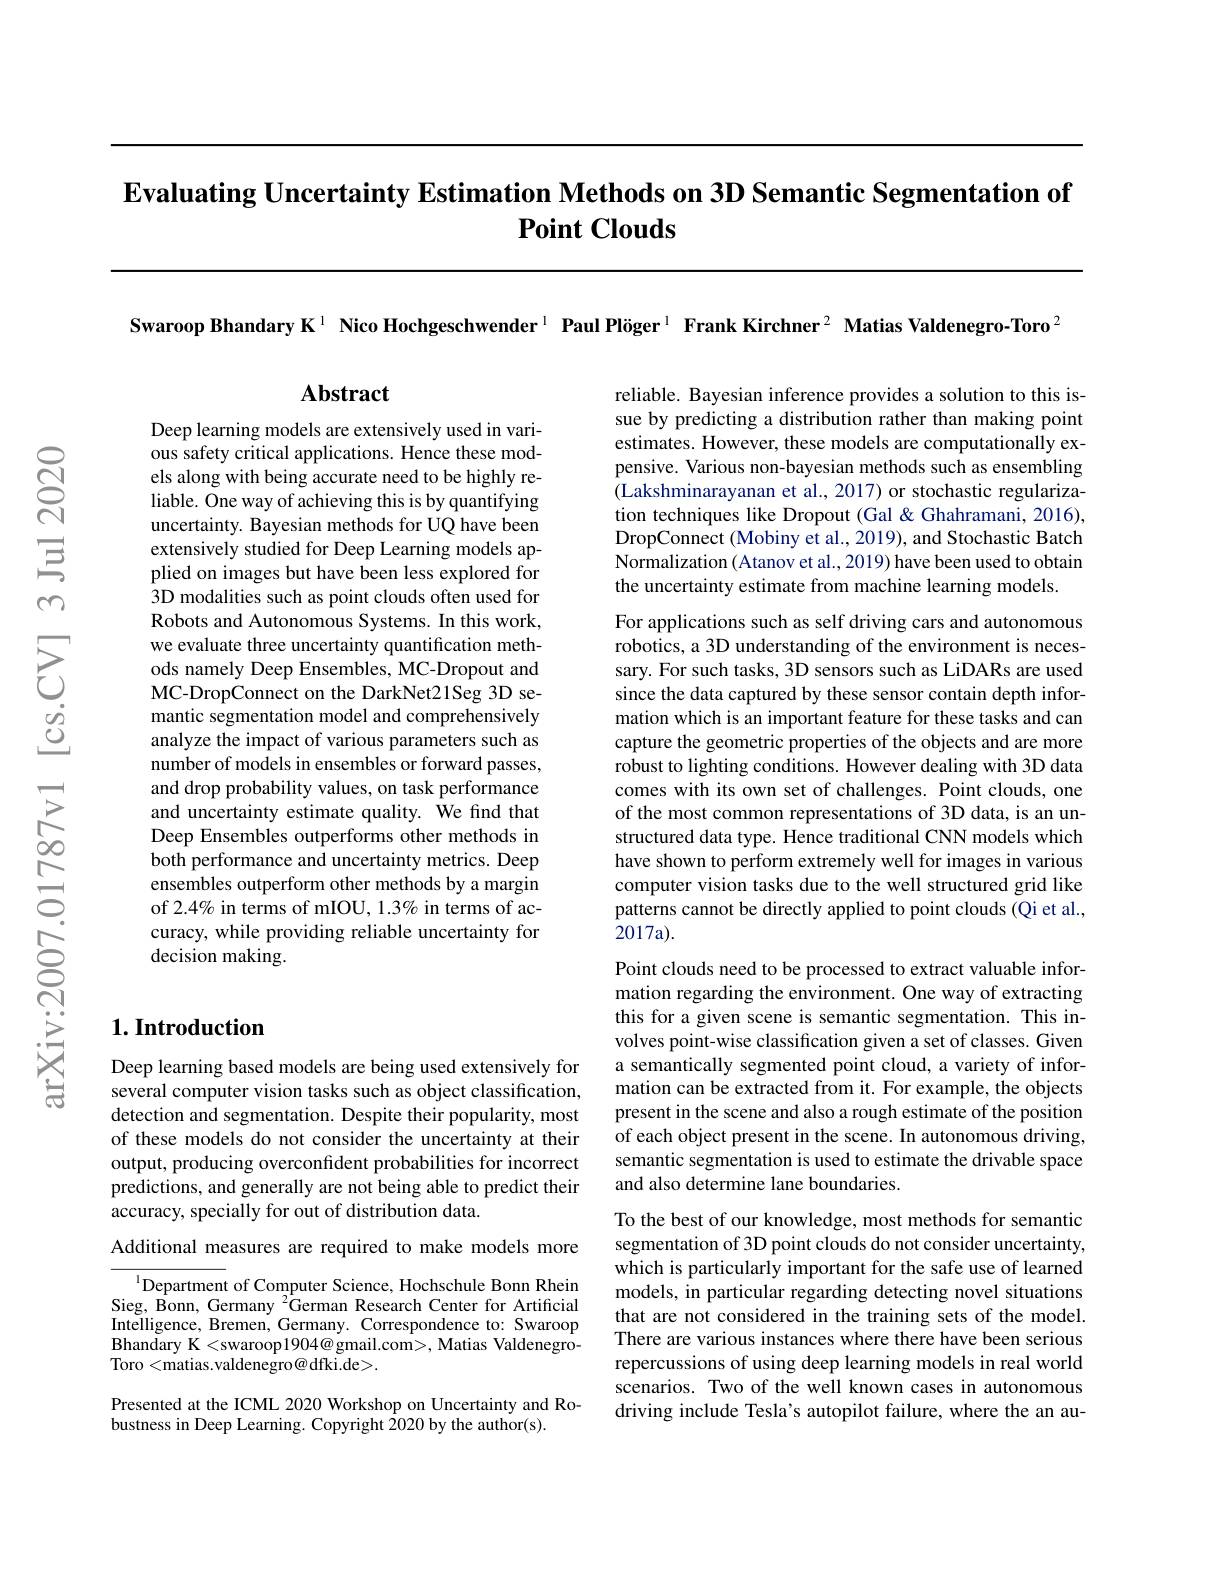
$\textbf{Evaluating Uncertainty Estimation Methods on 3D Semantic Segmentation of}$
# $\textbf{Point Clouds}$

Swaroop Bhandary K$^{1}$ Nico Hochgeschwender$^{1}$ Paul Plöger$^{1}$ Frank Kirchner$^{2}$ Matias Valdenegro-Toro$^{2}$

$\mathbf{Abstract}$

reliable. Bayesian inference provides a solution to this issue by predicting a distribution rather than making point estimates. However, these models are computationally expensive. Various non-bayesian methods such as ensembling $\dot{(}$Lakshminarayanan et al., 2017) or stochastic regularization techniques like Dropout (Gal & Ghahramani, 2016), DropConnect (Mobiny et al., 2019), and Stochastic Batch Normalization (Atanov et al., 2019) have been used to obtain the uncertainty estimate from machine learning models.

Deep learning models are extensively used in various safety critical applications. Hence these models along with being accurate need to be highly reliable. One way of achieving this is by quantifying uncertainty. Bayesian methods for UQ have been extensively studied for Deep Learning models applied on images but have been less explored for 3D modalities such as point clouds often used for Robots and Autonomous Systems. In this work, we evaluate three uncertainty quantification methods namely Deep Ensembles, MC-Dropout and MC-DropConnect on the DarkNet21Seg 3D semantic segmentation model and comprehensively analyze the impact of various parameters such as number of models in ensembles or forward passes, and drop probability values, on task performance and uncertainty estimate quality. We find that Deep Ensembles outperforms other methods in both performance and uncertainty metrics. Deep ensembles outperform other methods by a margin of 2.4% in terms of mIOU, 1.3% in terms of accuracy, while providing reliable uncertainty for decision making.

For applications such as self driving cars and autonomous robotics, a 3D understanding of the environment is necessary. For such tasks, 3D sensors such as LiDARs are used since the data captured by these sensor contain depth information which is an important feature for these tasks and can capture the geometric properties of the objects and are more robust to lighting conditions. However dealing with 3D data comes with its own set of challenges. Point clouds, one of the most common representations of 3D data, is an unstructured data type. Hence traditional CNN models which have shown to perform extremely well for images in various computer vision tasks due to the well structured grid like patterns cannot be directly applied to point clouds (Qi et al., 2017a).

# 1. Introduction

Point clouds need to be processed to extract valuable information regarding the environment. One way of extracting this for a given scene is semantic segmentation. This involves point-wise classification given a set of classes. Given a semantically segmented point cloud, a variety of information can be extracted from it. For example, the objects present in the scene and also a rough estimate of the position of each object present in the scene. In autonomous driving, semantic segmentation is used to estimate the drivable space and also determine lane boundaries.

Deep learning based models are being used extensively for several computer vision tasks such as object classification, detection and segmentation. Despite their popularity, most of these models do not consider the uncertainty at their output, producing overconfident probabilities for incorrect predictions, and generally are not being able to predict their accuracy, specially for out of distribution data.

Additional measures are required to make models more

To the best of our knowledge, most methods for semantic segmentation of 3D point clouds do not consider uncertainty, which is particularly important for the safe use of learned models, in particular regarding detecting novel situations that are not considered in the training sets of the model. There are various instances where there have been serious repercussions of using deep learning models in real world scenarios. Two of the well known cases in autonomous driving include Tesla's autopilot failure, where the an au-

$^{1}$Department of Computer Science, Hochschule Bonn Rhein Sieg, Bonn, Germany $^{2}$German Research Center for Artificial Intelligence, Bremen, Germany. Correspondence to: Swaroop Bhandary K< swaroop1904@ gmail. com> , Matias Valdenegro- Toro <matias.valdenegro@dfki.de>.

Presented at the ICML 2020 Workshop on Uncertainty and Ro-
bustness in Deep Learning. Copyright 2020 by the author(s).